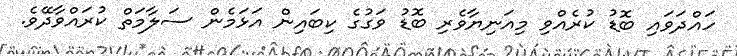
ހައްދަވައި ބޮޑު ކުރެއްވި މިއަނިޔާވެރި ބޮޑު ވަގުގެ ކިބައިން އަޅަމެން ސަލާމަތް ކުރައްވާދޭވެ.